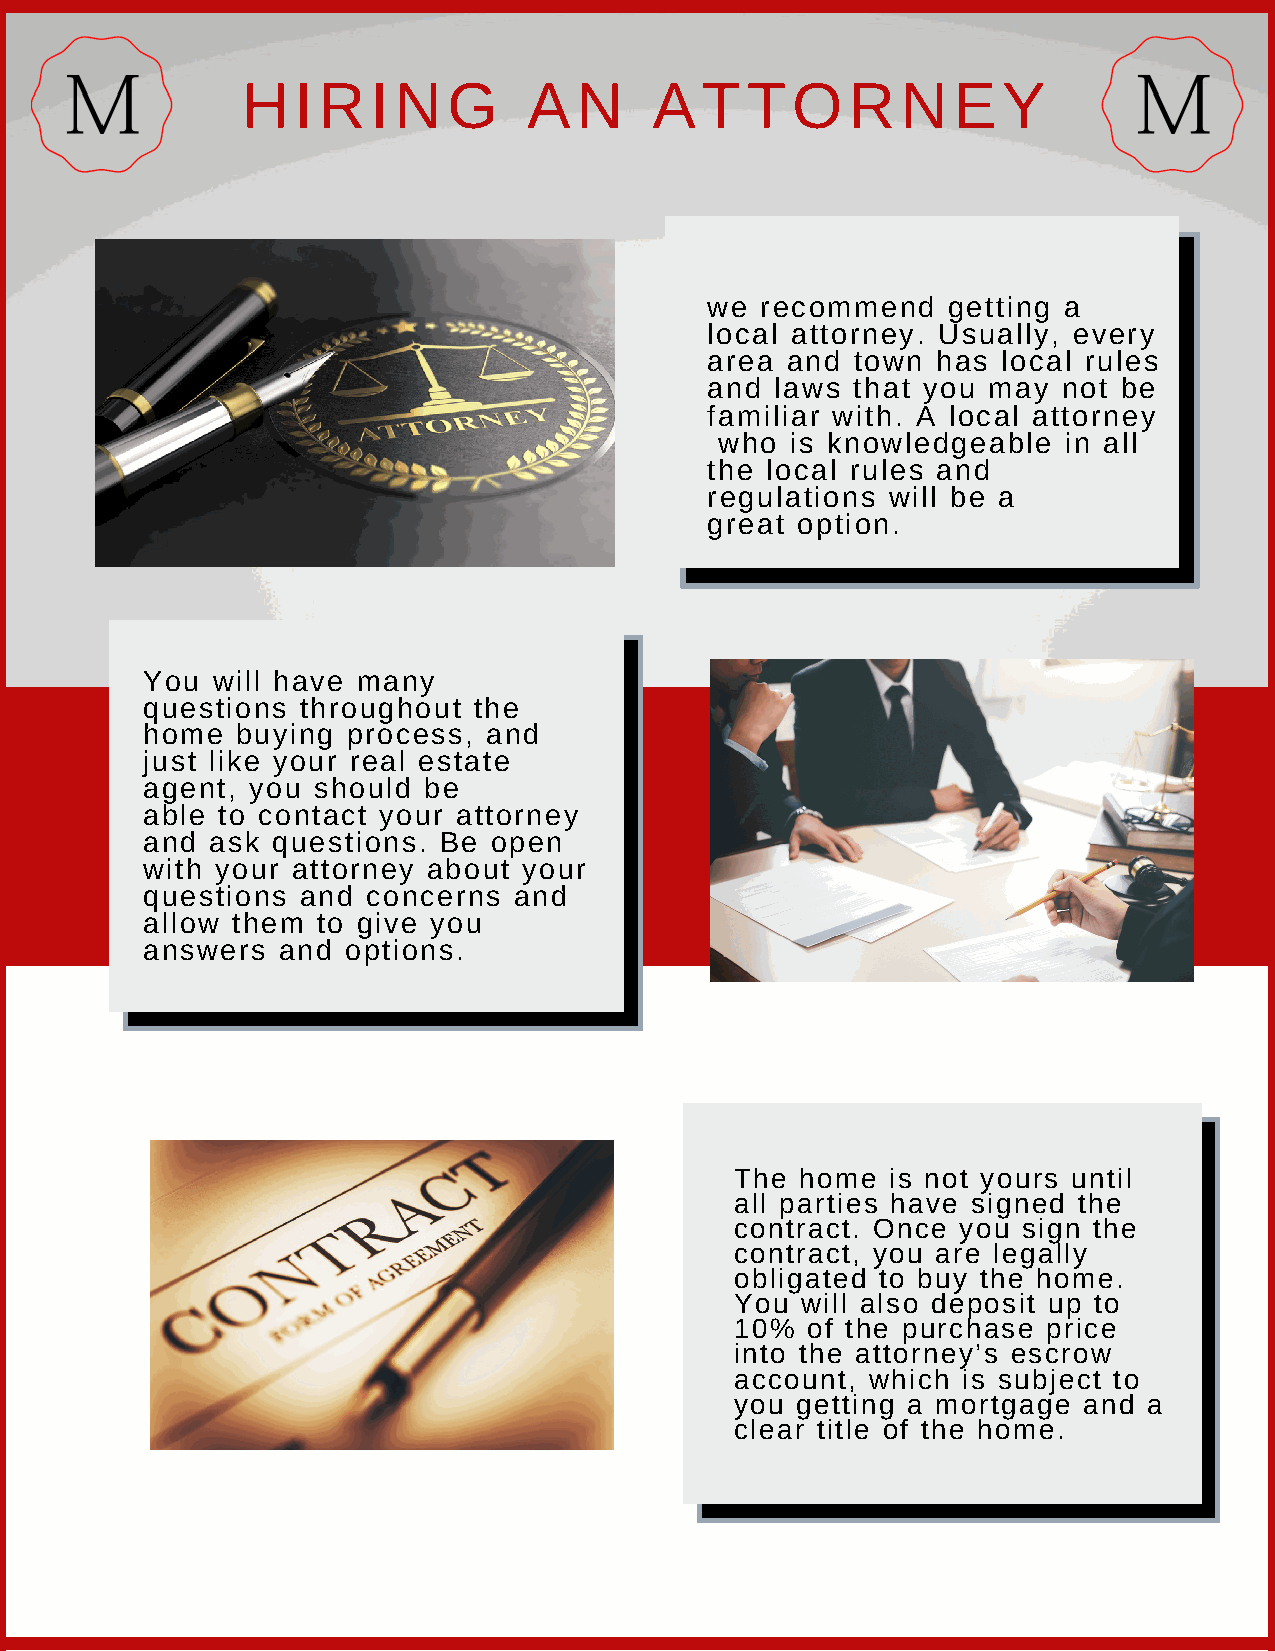
HIRING             AN      ATTORNEY
 we recommend    getting a
 local attorney. Usually, every
 area and  town has local rules
 and laws  that you may not be
 familiar with. A local attorney
 who is knowledgeable   in all
 the local rules and
 regulations will be a
 great option.
 You  will have many
 questions  throughout the
 home   buying process, and
 just like your real estate
 agent, you  should be
 able to contact your attorney
 and  ask questions. Be open
 with your attorney about  your
 questions  and concerns  and
 allow them  to give you
 answers  and  options.
 The home  is not yours until
 all parties have signed the
 contract. Once you sign the
 contract, you are legally
 obligated to buy the home.
 You will also deposit up to
 10% of the purchase price
 into the attorney’s escrow
 account, which is subject to
 you getting a mortgage and a
 clear title of the home.